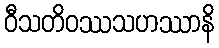
ဝီသတိဝဿသဟဿာနိ